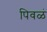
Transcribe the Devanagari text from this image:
पिवळं